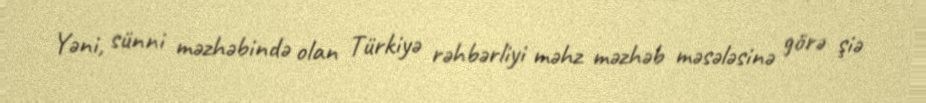
Yəni, sünni məzhəbində olan Türkiyə rəhbərliyi məhz məzhəb məsələsinə görə şiə